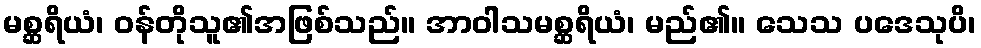
မစ္ဆရိယံ၊ ဝန်တိုသူ၏အဖြစ်သည်။ အာဝါသမစ္ဆရိယံ၊ မည်၏။ သေသ ပဒေသုပိ၊